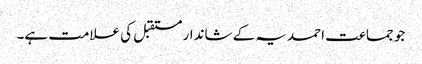
جو جماعت احمدیہ کے شاندار مستقبل کی علامت ہے۔